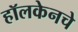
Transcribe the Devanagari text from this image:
हॉलकेनचे